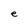
Character: e